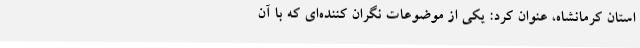
استان کرمانشاه، عنوان کرد: یکی از موضوعات نگران کننده‌ای که با آن